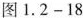
图1.2-18